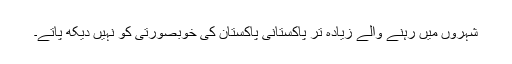
شہروں میں رہنے والے زیادہ تر پاکستانی پاکستان کی خوبصورتی کو نہیں دیکھ پاتے۔